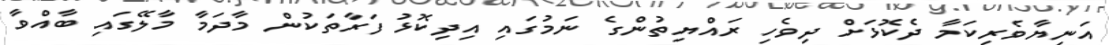
އަނިޔާވެރިކަމާ ދެކޮޅަށް ދިވެހި ރައްޔިތުންގެ ނަމުގައި އިދިކޮޅު ފަރާތަކުން މާދަމާ މާލޭގައި ބާއްވާ